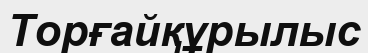
Торғайқұрылыс